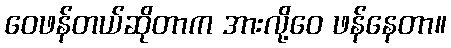
ဝေဖန်တယ်ဆိုတာက အားလို့ဝေ ဖန်နေတာ။